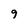
Character: 9